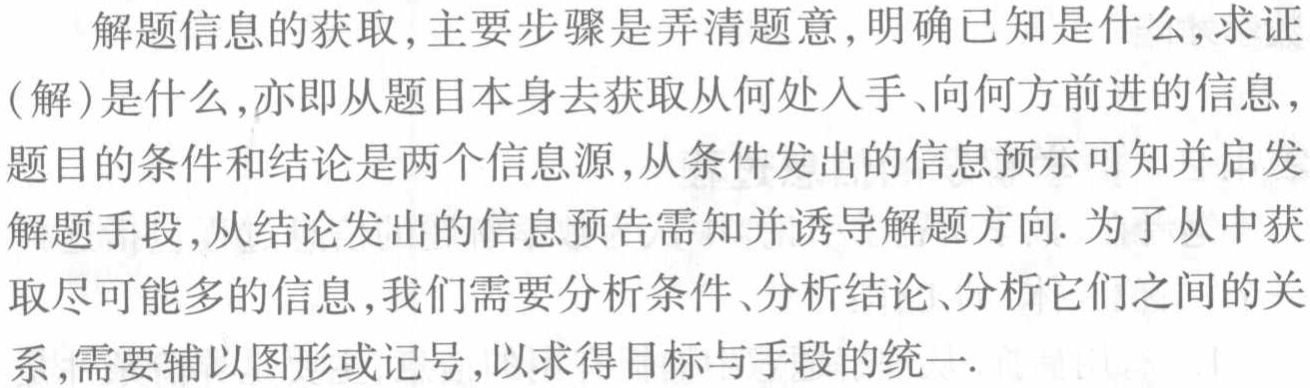
解题信息的获取,主要步骤是弄清题意,明确已知是什么,求证
(解)是什么,亦即从题目本身去获取从何处入手、向何方前进的信息,
题目的条件和结论是两个信息源,从条件发出的信息预示可知并启发
解题手段,从结论发出的信息预告需知并诱导解题方向. 为了从中获
取尽可能多的信息,我们需要分析条件、分析结论、分析它们之间的关
系,需要辅以图形或记号,以求得目标与手段的统一.